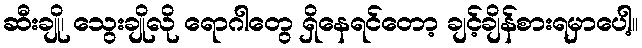
ဆီးချို၊ သွေးချိုလို ရောဂါတွေ ရှိနေရင်တော့ ချင့်ချိန်စားရမှာပေါ့။